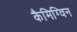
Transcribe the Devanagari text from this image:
कैमिग्विन